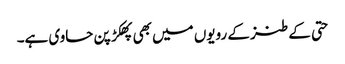
حتی کے طنز کے رویوں میں بھی پھکڑ پن حاوی ہے۔